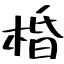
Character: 棔